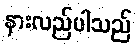
နားလည်ပါသည်